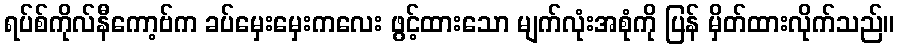
ရပ်စ်ကိုလ်နီကော့ဗ်က ခပ်မှေးမှေးကလေး ဖွင့်ထားသော မျက်လုံးအစုံကို ပြန် မှိတ်ထားလိုက်သည်။